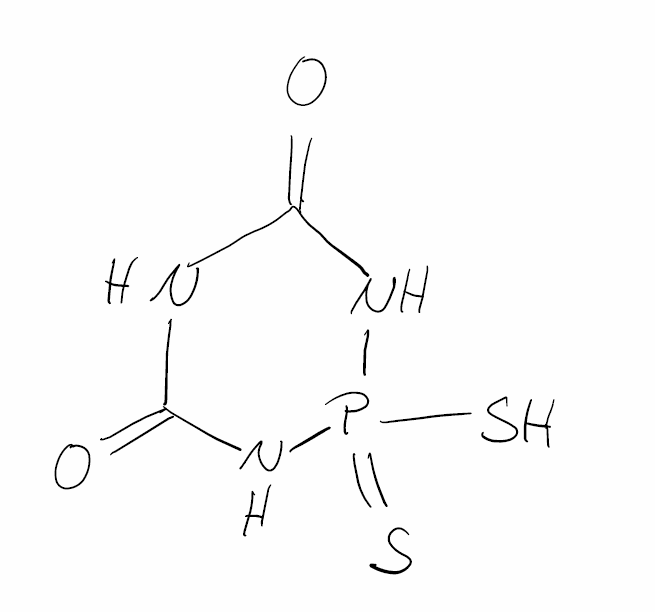
Simplified molecular-input line-entry system (SMILES) notation of the given molecule:
C1(=O)NC(=O)NP(=S)(N1)S